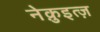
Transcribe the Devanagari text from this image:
नेक़ुइत्ज़